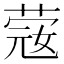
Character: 䓻